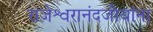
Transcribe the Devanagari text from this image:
राजेश्वरानंदजीयांना